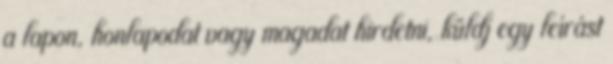
a lapon, honlapodat vagy magadat hirdetni, küldj egy leírást